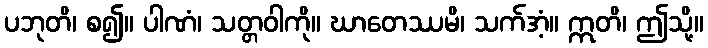
ပဘုတိ၊ စ၍။ ပါဏံ၊ သတ္တဝါကို။ ဃာတေဿမိ၊ သက်အံ့။ ဣတိ၊ ဤသို့။